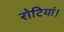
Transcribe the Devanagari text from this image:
रोटियां।